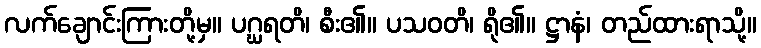
လက်ချောင်းကြားတို့မှ။ ပဂ္ဃရတိ၊ စီး၏။ ပသဝတိ၊ ရို၏။ ဋ္ဌာနံ၊ တည်ထားရာသို့။